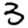
Digit: 3